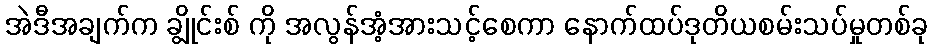
အဲဒီအချက်က ချွိုင်းစ် ကို အလွန်အံ့အားသင့်စေကာ နောက်ထပ်ဒုတိယစမ်းသပ်မှုတစ်ခု